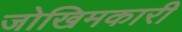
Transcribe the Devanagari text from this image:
जोखिमकारी